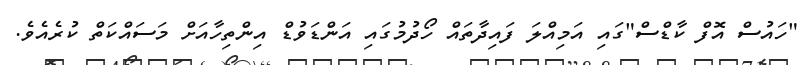
"ހައުސް އޮފް ކާޑްސް"ގައި އަމިއްލަ ފައިދާތައް ހޯދުމުގައި އަންޑަވުޑް އިންތިހާއަށް މަސައްކަތް ކުރެއެވެ.